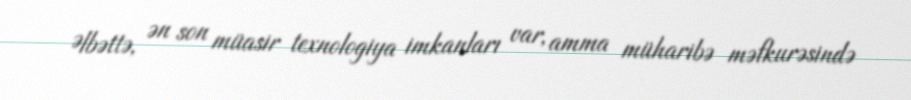
Əlbəttə, ən son müasir texnologiya imkanları var, amma müharibə məfkurəsində